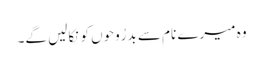
وہ میرے نام سے بَدرُوحوں کو نِکالیں گے۔